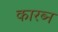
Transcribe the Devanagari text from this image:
कारब्न